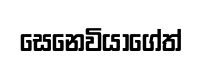
සෙනෙවියාගේත්